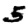
Digit: 5